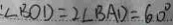
: \angle B O D = 2 \angle B A D = 6 0 ^ { \circ }